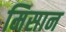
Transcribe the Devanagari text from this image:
मिसान